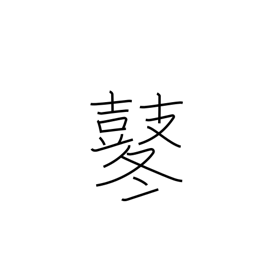
Meaning: beating of drums